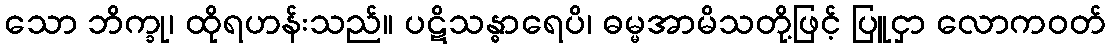
သော ဘိက္ခု၊ ထိုရဟန်းသည်။ ပဋိသန္ဓာရေပိ၊ ဓမ္မအာမိသတို့ဖြင့် ပြူငှာ လောကဝတ်